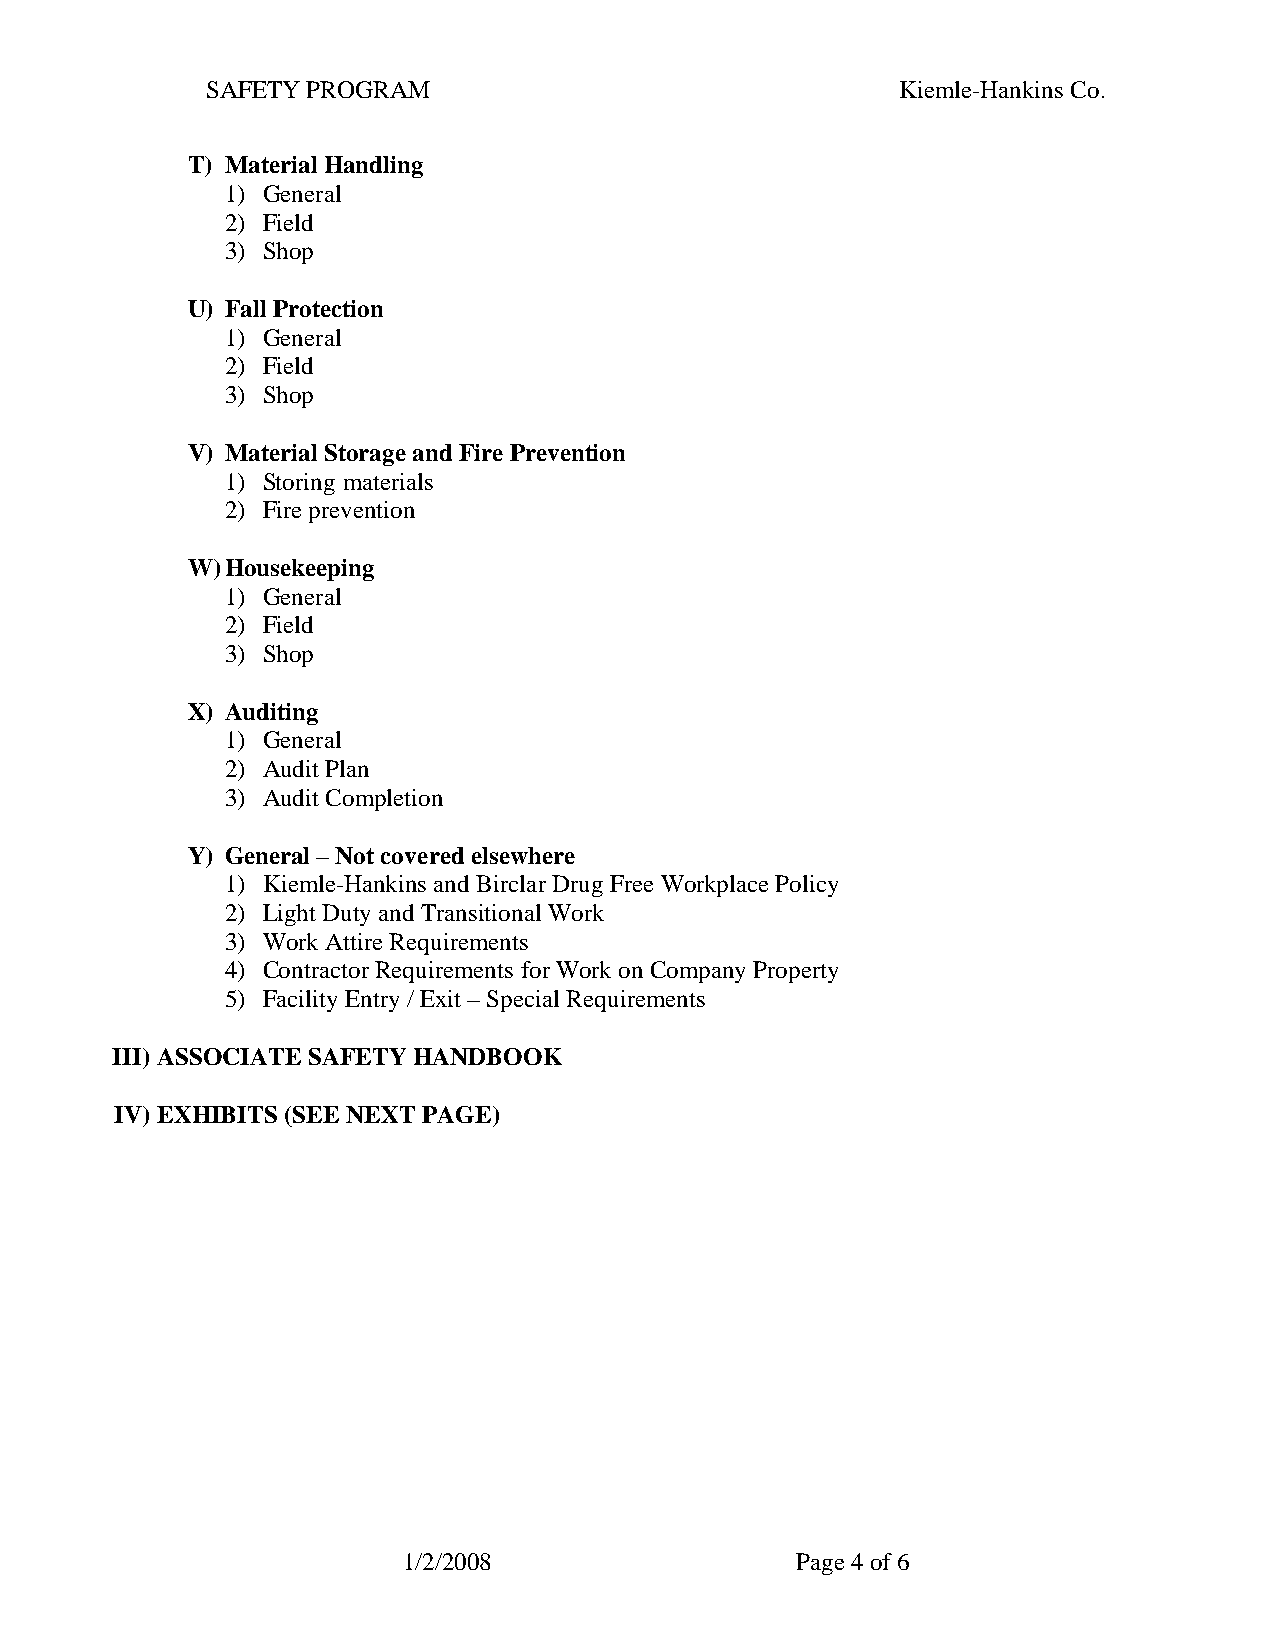
SAFETY PROGRAM                                Kiemle-Hankins Co.
 T) Material Handling
 1) General
 2) Field
 3) Shop
 U) Fall Protection
 1) General
 2) Field
 3) Shop
 V) Material Storage and Fire Prevention
 1) Storing materials
 2) Fire prevention
 W) Housekeeping
 1) General
 2) Field
 3) Shop
 X) Auditing
 1) General
 2) Audit Plan
 3) Audit Completion
 Y) General – Not covered elsewhere
 1) Kiemle-Hankins and Birclar Drug Free Workplace Policy
 2) Light Duty and Transitional Work
 3) Work Attire Requirements
 4) Contractor Requirements for Work on Company Property
 5) Facility Entry / Exit – Special Requirements
 III) ASSOCIATE SAFETY HANDBOOK
 IV) EXHIBITS (SEE NEXT PAGE)
 1/2/2008                  Page 4 of 6